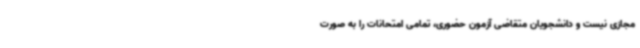
مجازی نیست و دانشجویان متقاضی آزمون حضوری، تمامی امتحانات را به صورت